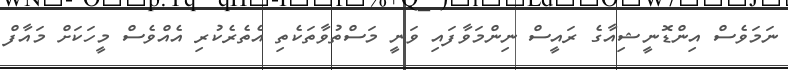
ނަމަވެސް އިންޑޮނީޝިއާގެ ރައީސް ނިންމަވާފައި ވަނީ މަސްތުވާތަކެތި އެތެރެކުރި އެއްވެސް މީހަކަށް މައާފް